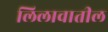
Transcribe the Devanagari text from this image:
लिलावातील